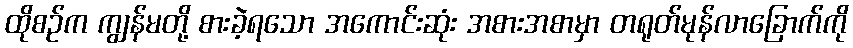
ထိုစဉ်က ကျွန်မတို့ စားခဲ့ရသော အကောင်းဆုံး အစားအစာမှာ တရုတ်မုန်လာခြောက်ကို